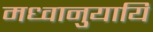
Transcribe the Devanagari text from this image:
मध्वानुयायि